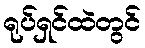
ရုပ်ရှင်ထဲတွင်